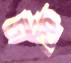
টাফি